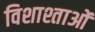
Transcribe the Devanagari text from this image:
विशाश्ताओं